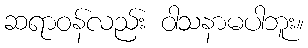
ဆရာဝန်လည်း ဝါသနာမပါဘူး။